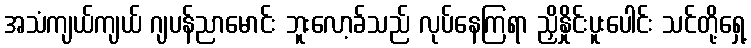
အသံကျယ်ကျယ် ဂျပန်ညာမောင်း ဘူးလော့ခ်သည် လုပ်နေကြရာ ညှိနှိုင်းပူးပေါင်း သင်တို့ရှေ့